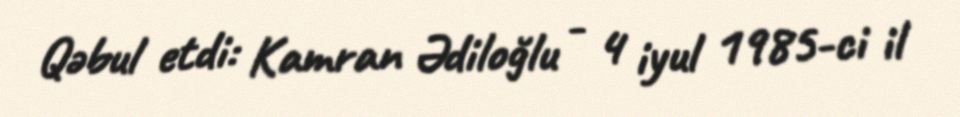
Qəbul etdi: Kamran Ədiloğlu - 4 iyul 1985-ci il